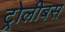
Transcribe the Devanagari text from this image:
ट्रोलीबस